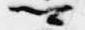
卿